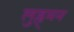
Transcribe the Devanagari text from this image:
लुह्र्मन